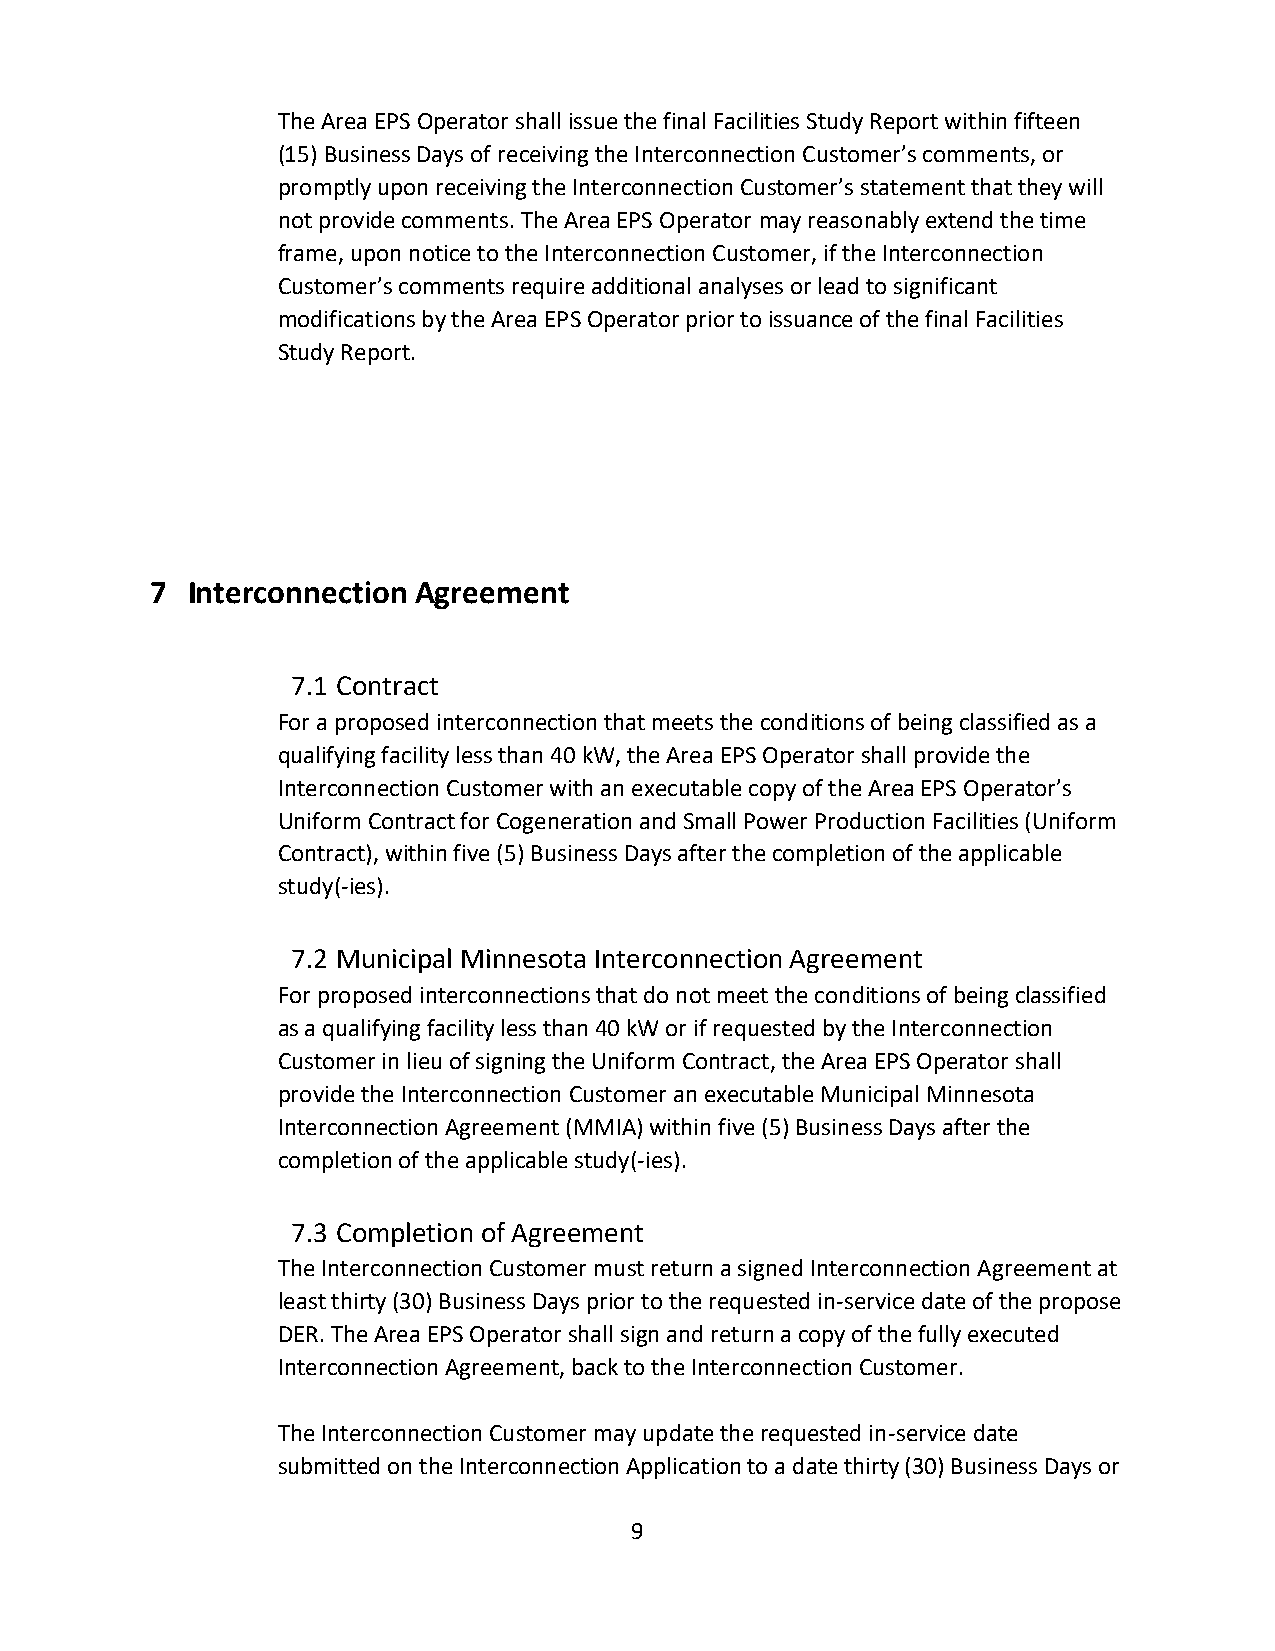
The Area EPS Operator shall issue the final Facilities Study Report within fifteen
 (15) Business Days of receiving the Interconnection Customer’s comments, or
 promptly upon receiving the Interconnection Customer’s statement that they will
 not provide comments. The Area EPS Operator may reasonably extend the time
 frame, upon notice to the Interconnection Customer, if the Interconnection
 Customer’s comments require additional analyses or lead to significant
 modifications by the Area EPS Operator prior to issuance of the final Facilities
 Study Report.
 7 Interconnection Agreement
 7.1 Contract
 For a proposed interconnection that meets the conditions of being classified as a
 qualifying facility less than 40 kW, the Area EPS Operator shall provide the
 Interconnection Customer with an executable copy of the Area EPS Operator’s
 Uniform Contract for Cogeneration and Small Power Production Facilities (Uniform
 Contract), within five (5) Business Days after the completion of the applicable
 study(-ies).
 7.2 Municipal Minnesota Interconnection Agreement
 For proposed interconnections that do not meet the conditions of being classified
 as a qualifying facility less than 40 kW or if requested by the Interconnection
 Customer in lieu of signing the Uniform Contract, the Area EPS Operator shall
 provide the Interconnection Customer an executable Municipal Minnesota
 Interconnection Agreement (MMIA) within five (5) Business Days after the
 completion of the applicable study(-ies).
 7.3 Completion of Agreement
 The Interconnection Customer must return a signed Interconnection Agreement at
 least thirty (30) Business Days prior to the requested in-service date of the propose
 DER. The Area EPS Operator shall sign and return a copy of the fully executed
 Interconnection Agreement, back to the Interconnection Customer.
 The Interconnection Customer may update the requested in-service date
 submitted on the Interconnection Application to a date thirty (30) Business Days or
 9